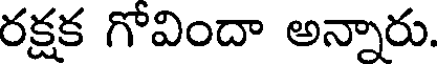
రక్షక గోవిందా అన్నారు.